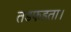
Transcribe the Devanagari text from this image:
तडफडता।